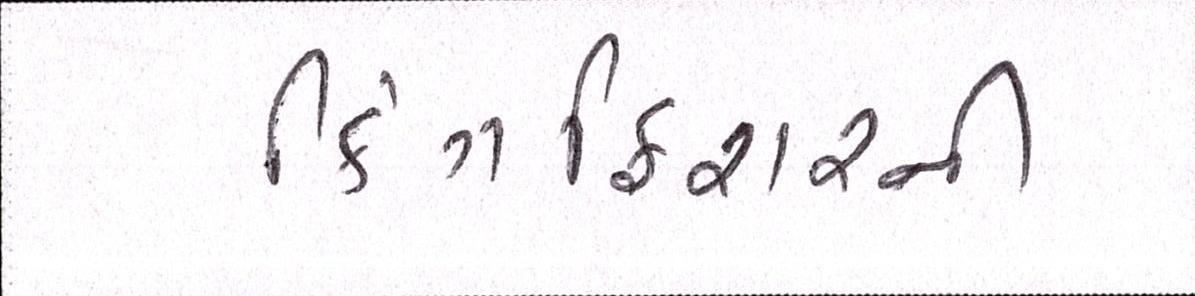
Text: કિંગફિશરની